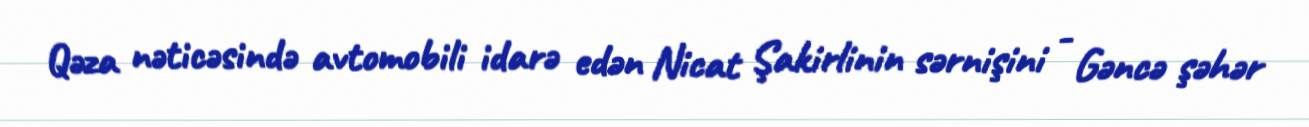
Qəza nəticəsində avtomobili idarə edən Nicat Şakirlinin sərnişini - Gəncə şəhər